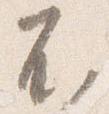
不